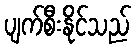
ပျက်စီးနိုင်သည်